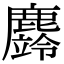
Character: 𪋚